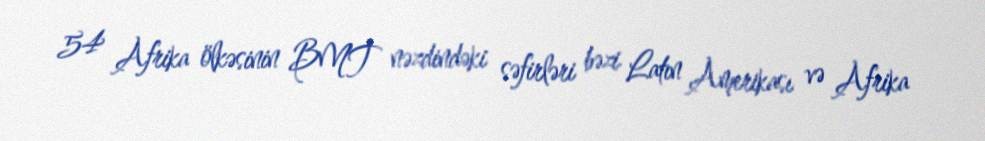
54 Afrika ölkəsinin BMT nəzdindəki səfirləri bəzi Latın Amerikası və Afrika